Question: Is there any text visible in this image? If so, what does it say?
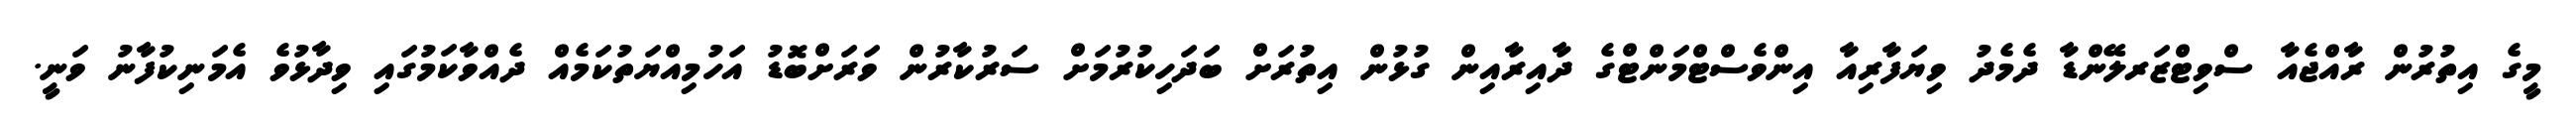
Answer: މީގެ އިތުރުން ރާއްޖެއާ ސްވިޓްޒަރލޭންޑާ ދެމެދު ވިޔަފާރިއާ އިންވެސްޓްމަންޓްގެ ދާއިރާއިން ގުޅުން އިތުރަށް ބަދަހިކުރުމަށް ސަރުކާރުން ވަރަށްބޮޑު އަހުމިއްޔަތުކަމެއް ދެއްވާކަމުގައި ވިދާޅުވެ އެމަނިކުފާނު ވަނީ.